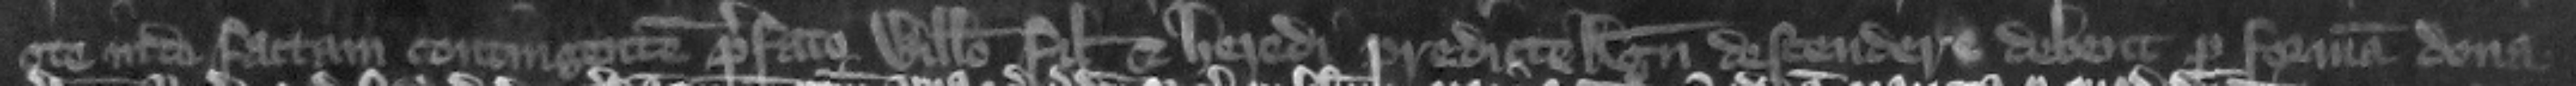
ote inde factam contingentem prefato Willelmo filio et heredi predicte Agnetis descendere debent per formam dona